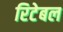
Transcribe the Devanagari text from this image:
रिटेबल